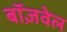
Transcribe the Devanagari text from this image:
बॉज़वेल